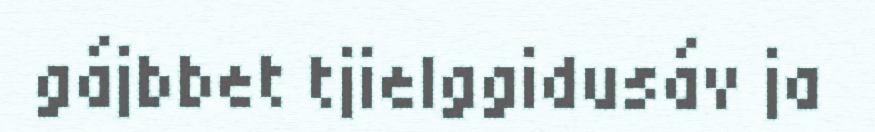
gájbbet tjielggidusáv ja